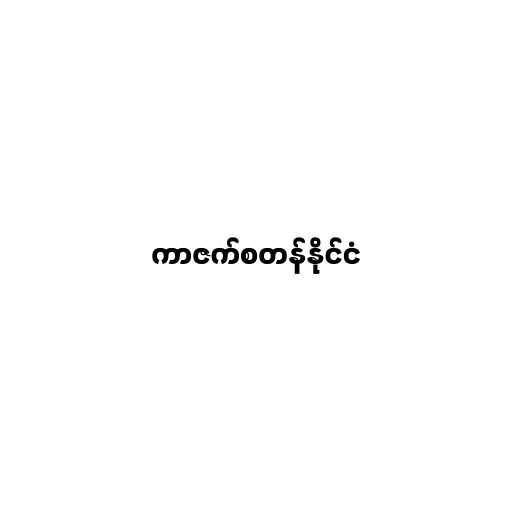
ကာဇက်စတန်နိုင်ငံ